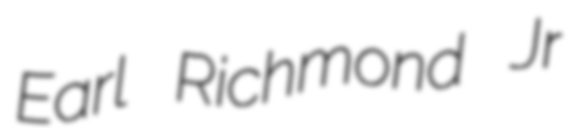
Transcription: Earl Richmond Jr